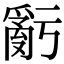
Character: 𤔧